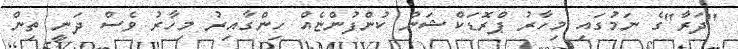
"ދަރާ"ގެ ނަމުގައި މިހާރު ޕްރޮޑަކްޝަން ކުންފުންޏެއް ހިންގާއިރު މިހާރު ވެސް ދަނީ ތިން